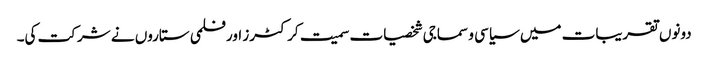
دونوں تقریبات میں سیاسی و سماجی شخصیات سمیت کرکٹرز اور فلمی ستاروں نے شرکت کی۔